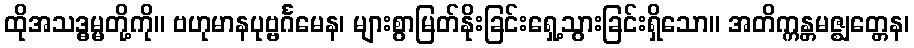
ထိုအသဒ္ဓမ္မတို့ကို။ ဗဟုမာနပုဗ္ဗင်္ဂမေန၊ များစွာမြတ်နိုးခြင်းရှေ့သွားခြင်းရှိသော။ အတိက္ကန္တမဇ္ဈတ္တေန၊